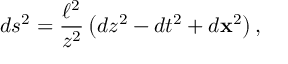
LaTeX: d s ^ { 2 } = { \frac { \ell ^ { 2 } } { z ^ { 2 } } } \left( d z ^ { 2 } - d t ^ { 2 } + d { \bf x } ^ { 2 } \right) ,